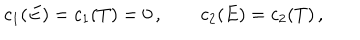
LaTeX: c _ { 1 } ( E ) = c _ { 1 } ( T ) = 0 \, , \qquad c _ { 2 } ( E ) = c _ { 2 } ( T ) \, ,